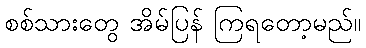
စစ်သားတွေ အိမ်ပြန် ကြရတော့မည်။